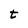
Character: t